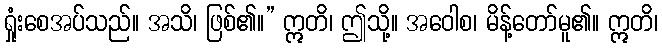
ရှုံးစေအပ်သည်။ အသိ၊ ဖြစ်၏။” ဣတိ၊ ဤသို့။ အဝေါစ၊ မိန့်တော်မူ၏။ ဣတိ၊